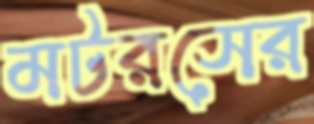
মটরসের